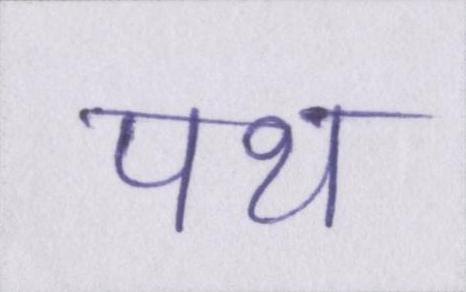
पथ